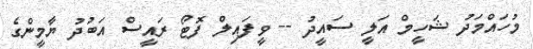
މުހައްމަދު ޝަހީމް އަލީ ސައީދު -- ވީފައިލް ފޮޓޯ ރައީސް އަބުދު ޔާމީންގެ